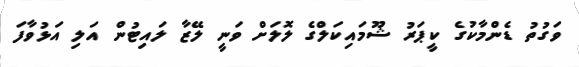
ވަގުތު ޑެންމާކުގެ ކީޕަރު ޝޫމައިކަލްގެ ލޮލަށް ވަނީ ލޭޒާ ލައިޓުން އަލި އަޅުވާފަ